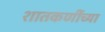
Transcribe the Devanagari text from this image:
शातकर्णीच्या